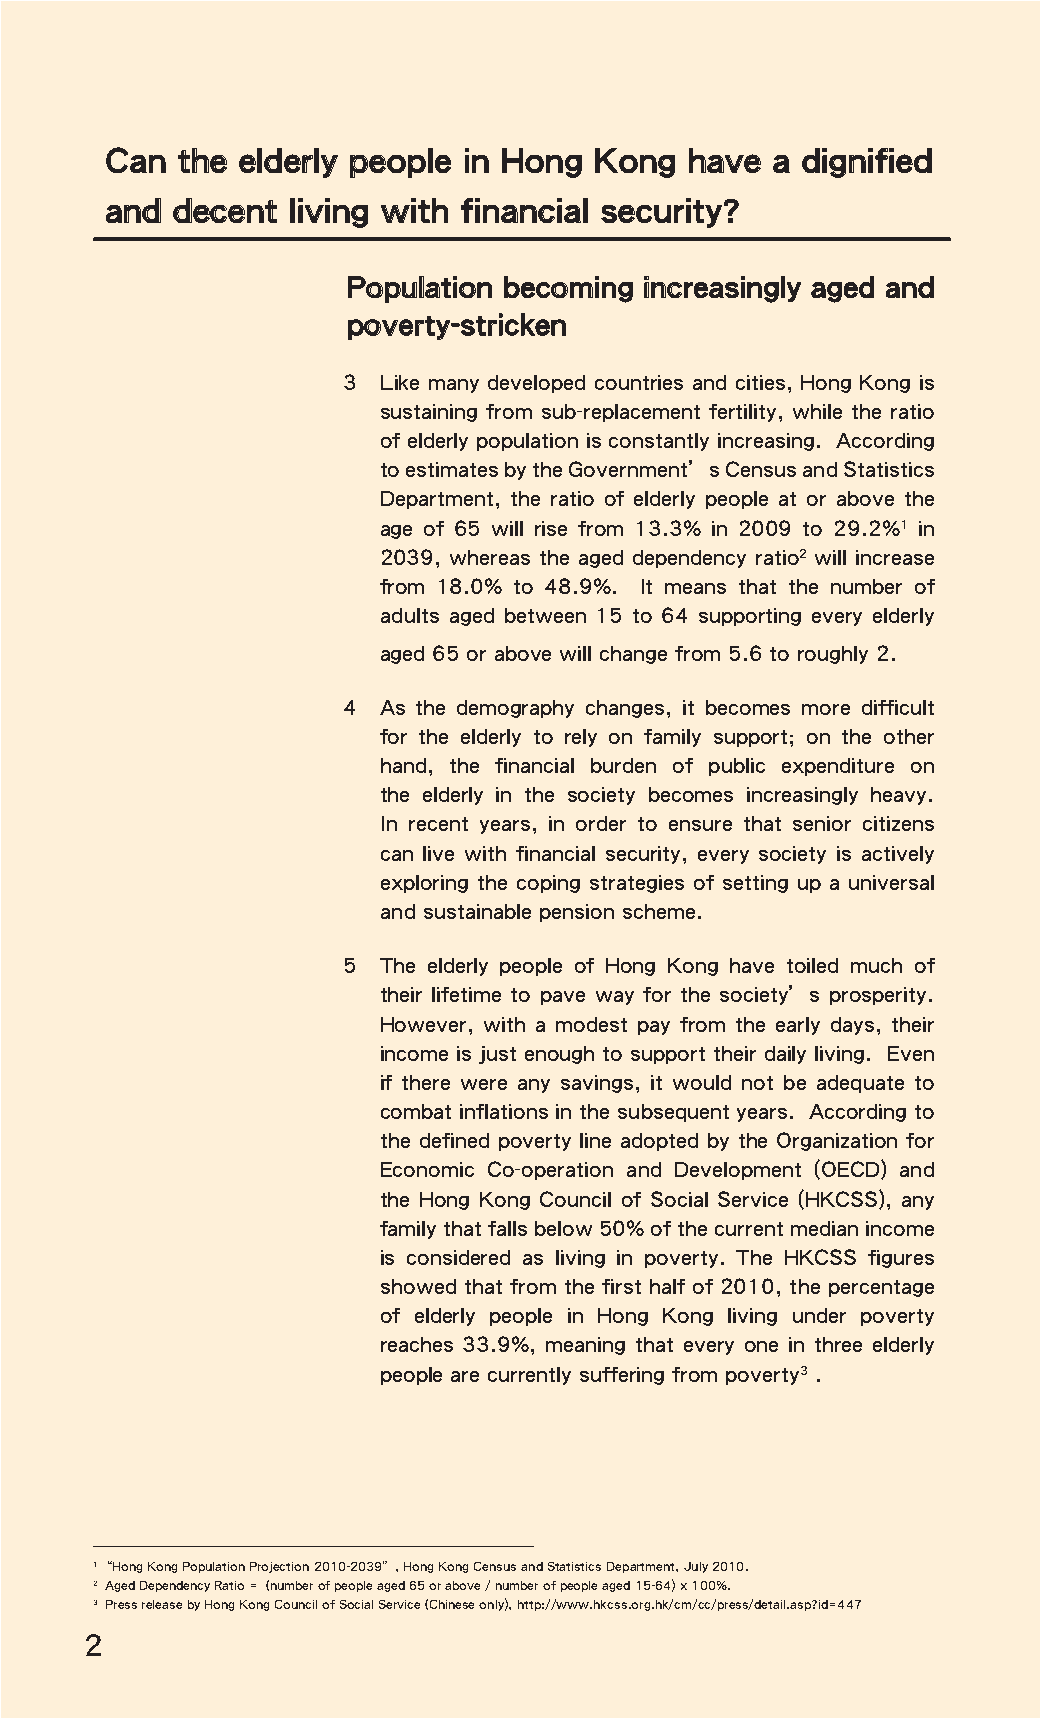
Can  the elderly people in Hong Kong   have a dignified
 and decent  living with financial security?
 Population becoming increasingly aged and
 poverty-stricken
 3 Like many developed countries and cities, Hong Kong is
 sustaining from sub-replacement fertility, while the ratio
 of elderly population is constantly increasing. According
 to estimates by the Government’s Census and Statistics
 Department, the ratio of elderly people at or above the
 age of 65 will rise from 13.3% in 2009 to 29.2%1 in
 2039, whereas the aged dependency ratio2 will increase
 from 18.0% to 48.9%. It means that the number of
 adults aged between 15 to 64 supporting every elderly
 aged 65 or above will change from 5.6 to roughly 2.
 4 As the demography changes, it becomes more difficult
 for the elderly to rely on family support; on the other
 hand, the financial burden of public expenditure on
 the elderly in the society becomes increasingly heavy.
 In recent years, in order to ensure that senior citizens
 can live with financial security, every society is actively
 exploring the coping strategies of setting up a universal
 and sustainable pension scheme.
 5 The elderly people of Hong Kong have toiled much of
 their lifetime to pave way for the society’s prosperity.
 However, with a modest pay from the early days, their
 income is just enough to support their daily living. Even
 if there were any savings, it would not be adequate to
 combat inflations in the subsequent years. According to
 the defined poverty line adopted by the Organization for
 Economic Co-operation and Development (OECD) and
 the Hong Kong Council of Social Service (HKCSS), any
 family that falls below 50% of the current median income
 is considered as living in poverty. The HKCSS figures
 showed that from the first half of 2010, the percentage
 of elderly people in Hong Kong living under poverty
 reaches 33.9%, meaning that every one in three elderly
 people are currently suffering from poverty3 .
 1 “Hong Kong Population Projection 2010-2039”, Hong Kong Census and Statistics Department, July 2010.
 2 Aged Dependency Ratio = (number of people aged 65 or above / number of people aged 15-64) x 100%.
 3 Press release by Hong Kong Council of Social Service (Chinese only), http://www.hkcss.org.hk/cm/cc/press/detail.asp?id=447
 2